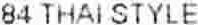
84 THAI STYLE